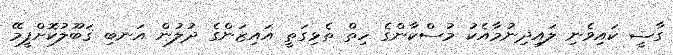
ގާޟީ ކައިވެނި ލައިދިނުމާއެކު މުސްކާންގެ ހިތް ތެޅިގަތީ އައިޒަންގެ ދުލުން އަނބި ޤަބޫލުކޮށްފީމޭ